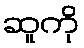
ဆူကို